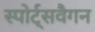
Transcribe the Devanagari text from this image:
स्पोर्ट्सवैगन